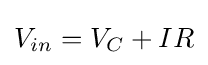
V_{in}=V_{C}+IR